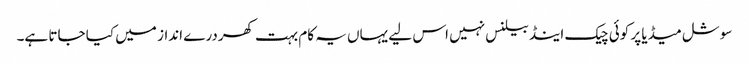
سوشل میڈیا پر کوئی چیک اینڈ بیلنس نہیں اس لیے یہاں یہ کام بہت کھردرے انداز میں کیا جاتا ہے۔